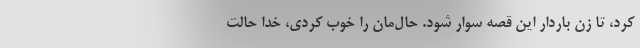
کرد، تا زن باردار این قصه سوار شود. حال‌مان را خوب کردی، خدا حالت